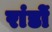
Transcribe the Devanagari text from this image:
रांडों